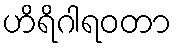
ဟိရိဂါရဝတာ